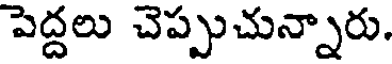
పెద్దలు చెప్పుచున్నారు.